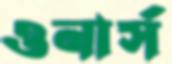
ওনার্স